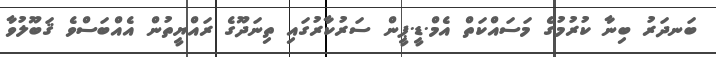
ބަނދަރު ބިނާ ކުރުމުގެ މަސައްކަތް އެމް.ޑީ.ޕީން ސަރުކާރުގައި ތިނަދޫގެ ރައްޔީތުން އެއްބަސްވެ ޤަބޫލުވާ